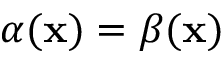
\alpha ( \mathbf { x } ) = \beta ( \mathbf { x } )